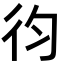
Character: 𢓈